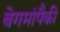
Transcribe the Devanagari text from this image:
बेगमांपैकी